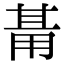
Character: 𭺺